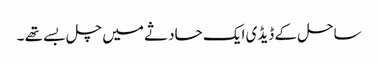
ساحل کے ڈیڈی ایک حادثے میں چل بسے تھے ۔